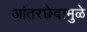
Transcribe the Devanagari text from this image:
आंतरछेदामुळे